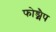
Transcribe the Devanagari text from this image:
फोड्मैप